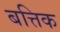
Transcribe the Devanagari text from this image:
बत्तिक